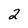
Character: 2